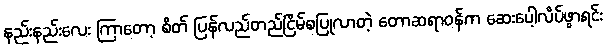
နည်းနည်းလေး ကြာတော့ စိတ် ပြန်လည်တည်ငြိမ်စပြုလာတဲ့ တောဆရာဝန်က ဆေးပေါ့လိပ်ဖွာရင်း